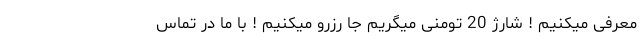
معرفی میکنیم ! شارژ 20 تومنی میگریم جا رزرو میکنیم ! با ما در تماس